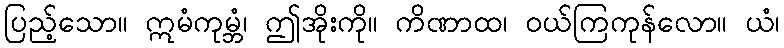
ပြည့်သော။ ဣမံကုမ္ဘံ၊ ဤအိုးကို။ ကိဏာထ၊ ဝယ်ကြကုန်လော။ ယံ၊